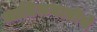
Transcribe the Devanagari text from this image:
जातिजमातींचे